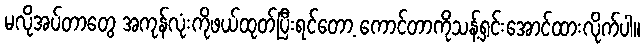
မလိုအပ်တာတွေ အကုန်လုံးကိုဖယ်ထုတ်ပြီးရင်တော့ ကောင်တာကိုသန့်ရှင်းအောင်ထားလိုက်ပါ။